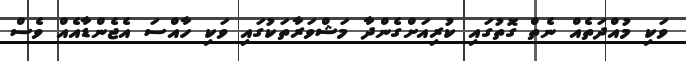
ވަކި މުއްދަތެއް ނެތް ގޮތުގައި ކުރިއަށްގެންދާ މަޝްވަރާތަކުގައި ވަކި ހާއްސަ އެޖެންޑާއެއް ވެސް